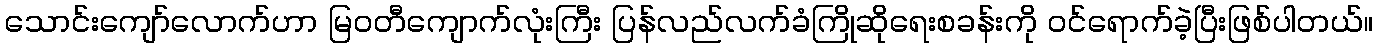
သောင်းကျော်လောက်ဟာ မြဝတီကျောက်လုံးကြီး ပြန်လည်လက်ခံကြိုဆိုရေးစခန်းကို ဝင်ရောက်ခဲ့ပြီးဖြစ်ပါတယ်။